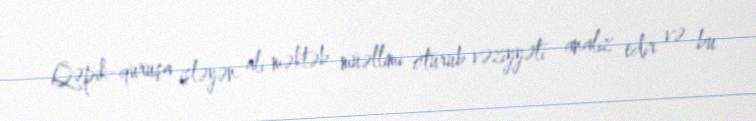
Qəpik-quruşa işləyən ali məktəb müəllimi oturub vəziyyəti analiz edir və bu